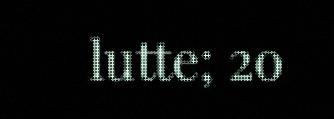
lutte; 2o